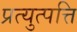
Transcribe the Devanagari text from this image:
प्रत्युत्पत्ति